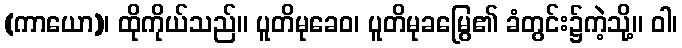
(ကာယော)၊ ထိုကိုယ်သည်။ ပူတိမုခေဝ၊ ပူတိမုခမြွေ၏ ခံတွင်း၌ကဲ့သို့။ ဝါ၊